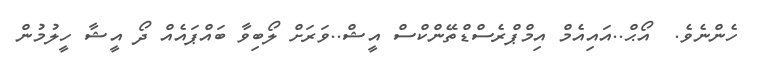
ހެންނެވެ.  އޯޙް..އައިއެމް އިމްޕްރެސްޑްތޭންކްސް އީޝް..ވަރަށް ލޯބިވާ ބައްޕައެއް ދޯ އީޝާ ހީލުމުން